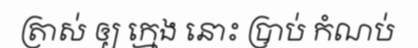
ត្រាស់ ឲ្យ ក្មេង នោះ ប្រាប់ កំណប់